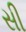
સી